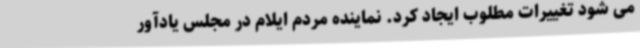
می شود تغییرات مطلوب ایجاد کرد. نماینده مردم ایلام در مجلس یادآور